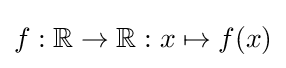
f:\mathbb {R} \to \mathbb {R} :x\mapsto f(x)